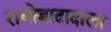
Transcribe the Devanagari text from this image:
राघोबादादाला